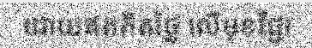
ដោយឥតគិតថ្លៃ លើមុខវិជ្ជា